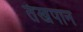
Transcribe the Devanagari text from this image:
तंखपान